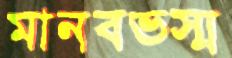
মানবভস্ম